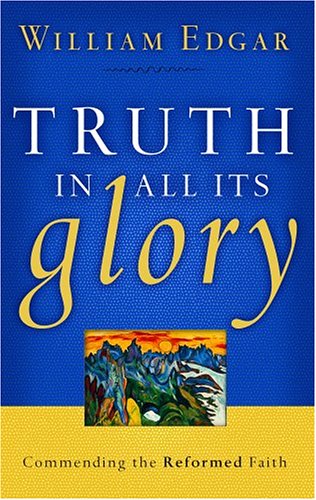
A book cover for Truth In All Its Glory: Commending The Reformed Faith (Resources for Changing Lives); William Edgar; Christian Books & Bibles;